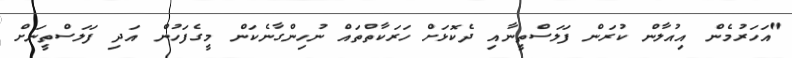
"އަހަރުމެން އިއުލާން ކުރަން ފަލަސްތީނާއި ދެކޮޅަށް ހަރަކާތްތައް ނުހިންގާނެކަން މީގެފަހުން އަދި ފަލަސްތީނަށް